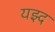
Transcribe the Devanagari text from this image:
यझ्द